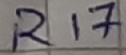
Text: R17